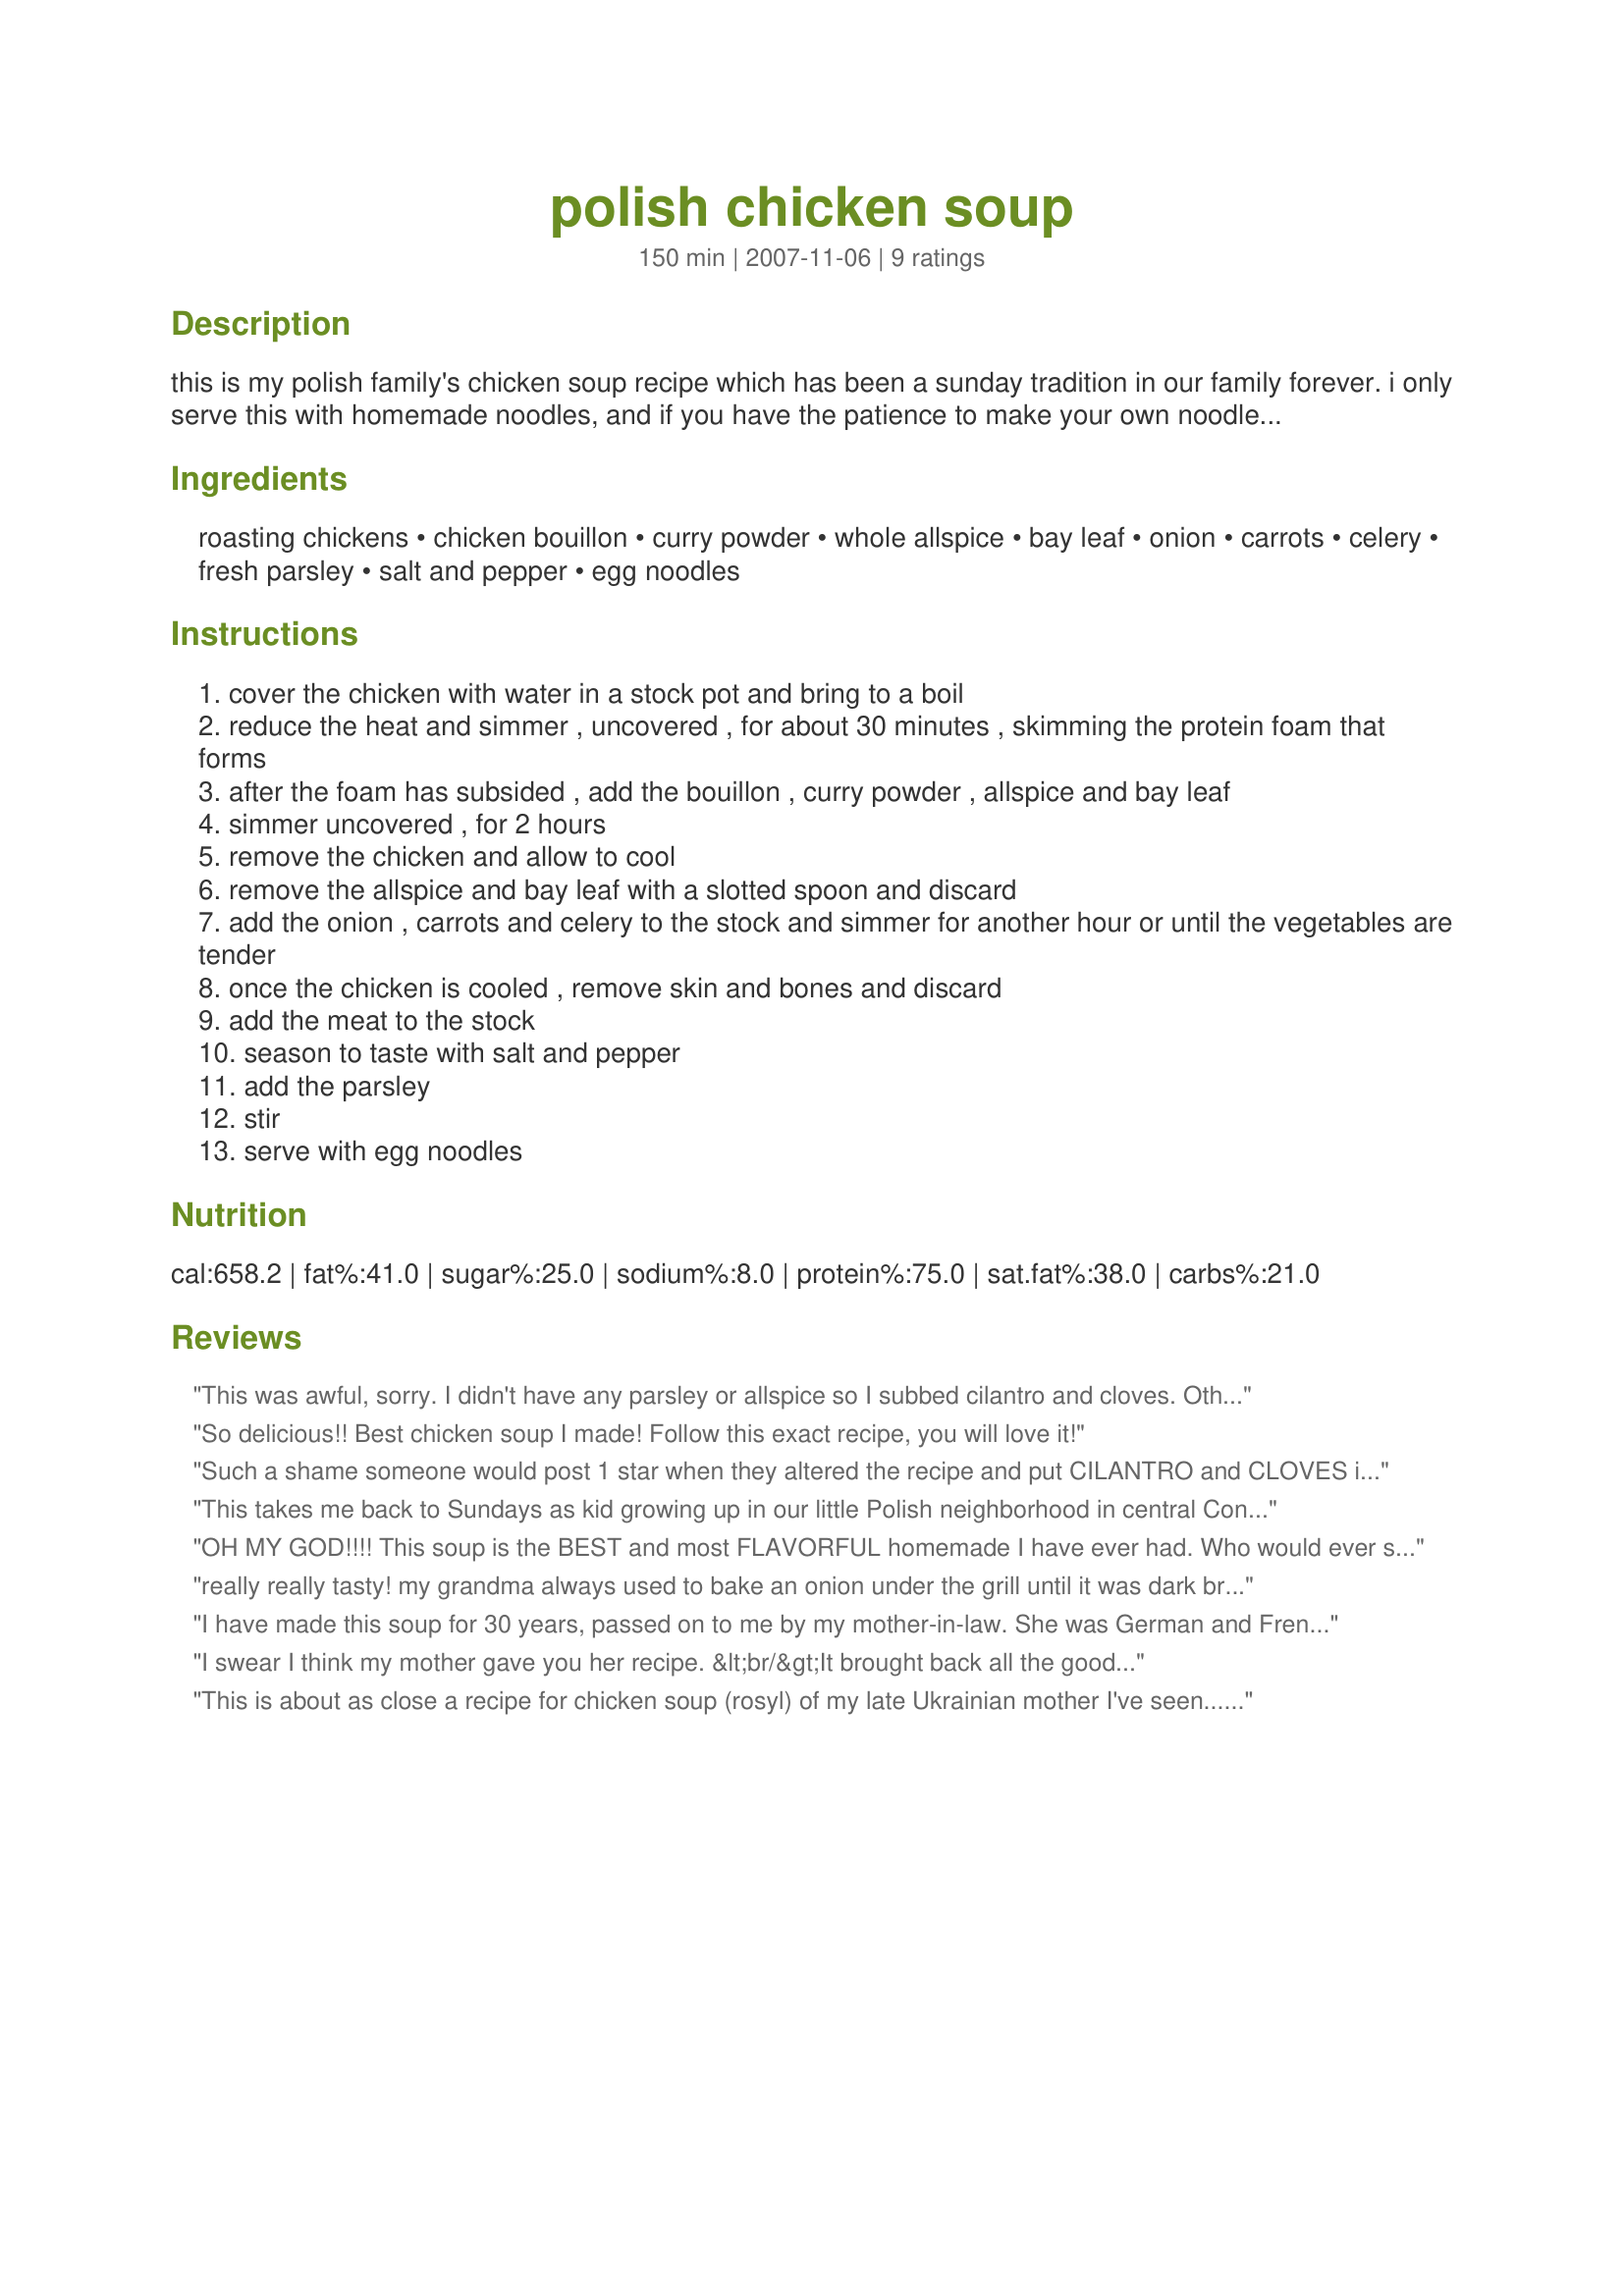
polish chicken soup
Preparation time: 150 minutes

this is my polish family's chicken soup recipe which has been a sunday tradition in our family forever. i only serve this with homemade noodles, and if you have the patience to make your own noodles, this is the soup to have them with. i like to get this started early on sunday morning, and i also like when the kids wake up and say "smells like sunday".. yes, there is curry powder in the stock, and if you don't like curry powder, i suggest to you that there is not a substantial curry flavor to the broth that one would say "tastes like curry", because it doesn't! it just hightens the flavor i think.

Ingredients:
roasting chickens, chicken bouillon, curry powder, whole allspice, bay leaf, onion, carrots, celery, fresh parsley, salt and pepper, egg noodles

Steps:
cover the chicken with water in a stock pot and bring to a boil
reduce the heat and simmer , uncovered , for about 30 minutes , skimming the protein foam that forms
after the foam has subsided , add the bouillon , curry powder , allspice and bay leaf
simmer uncovered , for 2 hours
remove the chicken and allow to cool
remove the allspice and bay leaf with a slotted spoon and discard
add the onion , carrots and celery to the stock and simmer for another hour or until the vegetables are tender
once the chicken is cooled , remove skin and bones and discard
add the meat to the stock
season to taste with salt and pepper
add the parsley
stir
serve with egg noodles

Reviews:
This was awful, sorry. I didn't have any parsley or allspice so I subbed cilantro and cloves. Other than that, I followed the directions exactly and the flavors were so off. We ended up throwing this one out. Not worth the fat and calories anyway.
So delicious!! Best chicken soup I made! Follow this exact recipe, you will love it!
Such a shame someone would post 1 star when they altered the recipe and put CILANTRO and CLOVES into a Polish chicken soup! Yuck! Their fault, not the recipes. Anyway, I'd like to try this today for my sick Polish bf. Poor thing : (
This takes me back to Sundays as kid growing up in our little Polish neighborhood in central Connecticut where every family had a different style of chicken soup. All were very good and I probally ate a ton of it at all my friends homes, but this one is very close to what babci made. The only thing I added was a couple of potatoes because thats the way we use to have it
OH MY GOD!!!! This soup is the BEST and most FLAVORFUL homemade I have ever had. Who would ever substitute CILANTRO for parsley, or put cloves in any recipe that they are not called for? Those are two of the most distinctly flavored ingredients, no wonder it was off. We gobbled this up for days!! I want more 10 STARS
really really tasty! my grandma always used to bake an onion under the grill until it was dark brown and then add it to the soup for extra depth in flavour.
I have made this soup for 30 years, passed on to me by my mother-in-law. She was German and French. This was a puzzlement as the Germans i befriended were unaware of this recipe, and the French (my family) never heard of building chicken soup thus. Somewhere a Polish cook contributed this recipe and it has remained a staple soup, passed on. I agree also, everyone has a slightly different ingredients but the basic instructions remain the same.
Thank You!!
I swear I think my mother gave you her recipe. &lt;br/&gt;It brought back all the good memories of Sunday Dinners with the family. &lt;br/&gt;flavorful, rich and aromatic. Yrs, it does smell like Sundays. &lt;br/&gt;I left the allspice and bay leaves in the pot until just before it went on the table. &lt;br/&gt;&lt;br/&gt;And please don&#039;t change the ingredients, then rate it low&lt;br/&gt;&lt;br/&gt;thank you, this recipe reminds me of my Busia&#039;s (grandmother) house Sunday afternoons
This is about as close a recipe for chicken soup (rosyl) of my late Ukrainian mother I've seen... except she'd use peppercorns (about a teaspoonful), no allspice or curry powder for that matter as it wasn't even 'invented'! One tip my Mum offered was to boil the chicken a few minutes once or twice discarding the water, BEFORE the final simmering... does away with the horrid yucky froth when first boiling the chicken and results in a clear broth IF the soup is only ever simmered slowly... DO NOT RAPID BOIL or inevitably the soup will cloud. Gentle simmering is the secret to a clear chicken soup, and time is not an issue. I'd also add that if you want a smaller batch of soup, use wings and/or drumsticks, even legs. I prefer skinless. One thing about eastern european chicken soup, everyone has their own recipe that works for them, that is why it is such a fascinating soup... but once bitten, you cannot NOT have it every week... I swear by it. It's such a healthy food, especially if you chill the soup and skim off the fat, easily done, and add lean chciken meat back to the soup. As for the person who added cilantro and cloves as an alternative... oh dear dear dear!!!!! Seriously, experiment and get to know your OWN chicken soup - it's very worth it! Weekends can never be the same without a deeeeelicious chicken soup with noodles! In fact, my whole family adored my Mum's chicken soup with home made noodles, whatever their age - it was her signature dish and not one of us has got it just the way it tasted as she made it yet, not even me, but close!
